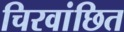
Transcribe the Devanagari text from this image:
चिरवांछित